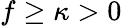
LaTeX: f\geq\kappa>0